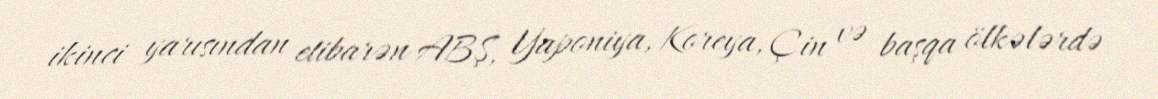
ikinci yarısından etibarən ABŞ, Yaponiya, Koreya, Çin və başqa ölkələrdə